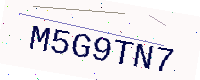
Text: M5G9TN7